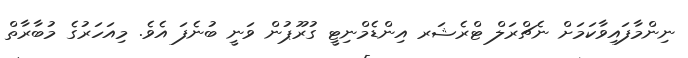
ނިންމާފައިވާކަމަށް ނެޗްރަލް ޓްރެޝަރ އިންޑެމްނިޓީ ގުރޫޕުން ވަނީ ބުނެފަ އެވެ. މިއަހަރުގެ މުބާރާތް